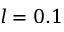
l = 0 . 1